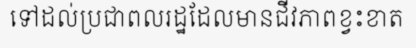
ទៅដល់ប្រជាពលរដ្ឋដែលមានជីវភាពខ្វះខាត